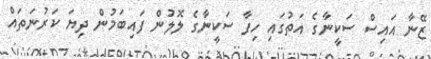
ޒޭނާ އައިސް ސަކީނާގެ އަތުގައި ހިފާ ސަކީނާގެ ލޮލުން ފައިބަމުން ދިޔަ ކަރުނަތައް